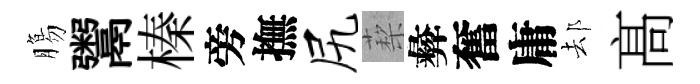
膓鬻榛旁撫尻蔾彜奮庸𨚫髙